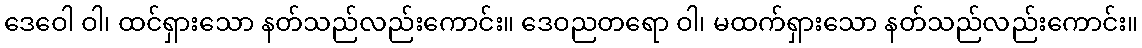
ဒေဝေါ ဝါ၊ ထင်ရှားသော နတ်သည်လည်းကောင်း။ ဒေဝညတရော ဝါ၊ မထက်ရှားသော နတ်သည်လည်းကောင်း။